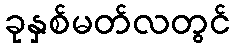
ခုနှစ်မတ်လတွင်